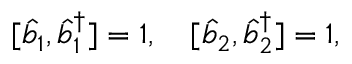
\lbrack \hat { b } _ { 1 } , \hat { b } _ { 1 } ^ { \dagger } ] = 1 , \quad \lbrack \hat { b } _ { 2 } , \hat { b } _ { 2 } ^ { \dagger } ] = 1 ,